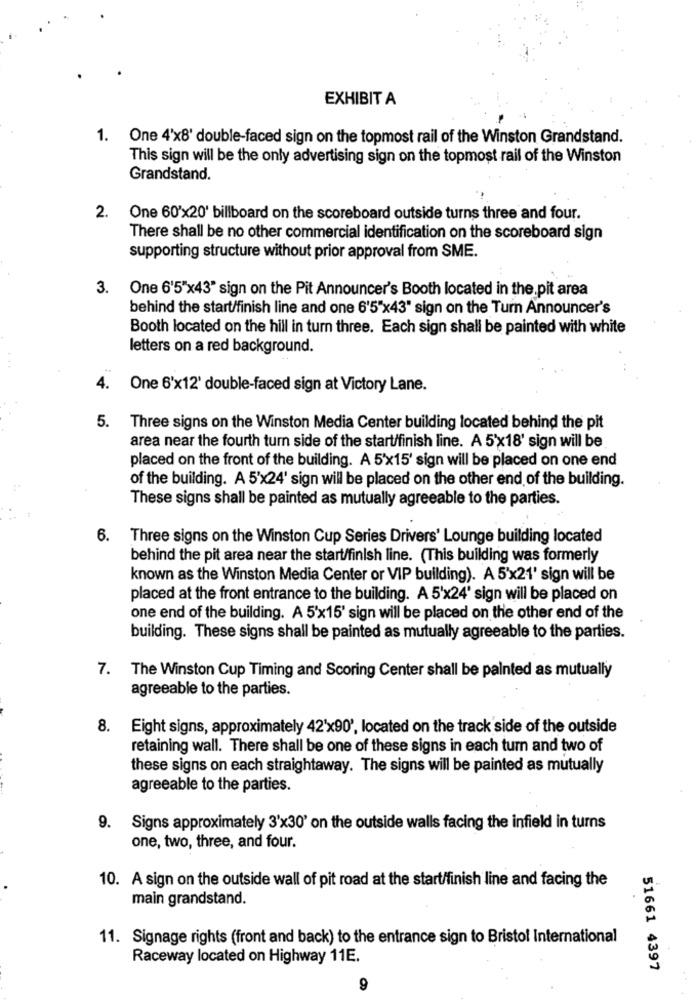
EXHIBIT A
1. One 4'x8' double-faced sign on the topmost rail of the Winston Grandstand.
This sign will be the only advertising sign on the topmost rail of the Winston
Grandstand.
2. One 60'x20' billboard on the scoreboard outside turns three and four.
There shall be no other commercial identification on the scoreboard sign
supporting structure without prior approval from SME.
3. One 6'5"x43" sign on the Pit Announcer's Booth located in the pit area
behind the start/finish line and one 6'5"x43" sign on the Turn Announcer's
Booth located on the hill in turn three. Each sign shall be painted with white
letters on a red background.
4.
One 6'x12' double-faced sign at Victory Lane.
5.
Three signs on the Winston Media Center building located behind the pit
area near the fourth turn side of the start/finish line. A 5'x18' sign will be
placed on the front of the building. A 5'x15' sign will be placed on one end
of the building. A 5'x24' sign will be placed on the other end of the building.
These signs shall be painted as mutually agreeable to the parties.
6.
Three signs on the Winston Cup Series Drivers' Lounge building located
behind the pit area near the start/finish line. (This building was formerly
known as the Winston Media Center or VIP building). A 5'x21' sign will be
placed at the front entrance to the building. A 5'x24' sign will be placed on
one end of the building. A 5'x15' sign will be placed on the other end of the
building. These signs shall be painted as mutually agreeable to the parties.
7. The Winston Cup Timing and Scoring Center shall be painted as mutually
agreeable to the parties.
8. Eight signs, approximately 42'x90', located on the track side of the outside
retaining wall. There shall be one of these signs in each turn and two of
these signs on each straightaway. The signs will be painted as mutually
agreeable to the parties.
9. Signs approximately 3'x30' on the outside walls facing the infield in turns
one, two, three, and four.
10. A sign on the outside wall of pit road at the start/finish line and facing the
main grandstand.
11. Signage rights (front and back) to the entrance sign to Bristol International
Raceway located on Highway 11E.
51661 4397